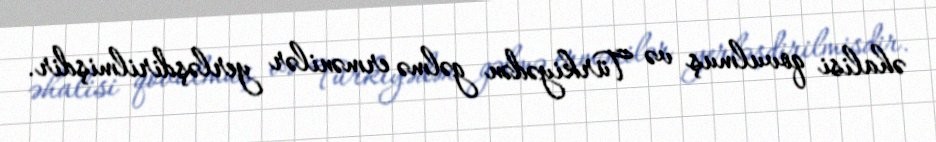
əhalisi qovulmuş və Türkiyədən gəlmə ermənilər yerləşdirilmişdir.